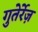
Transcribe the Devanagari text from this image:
गुतेर्रेज़